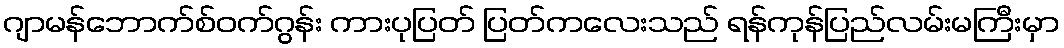
ဂျာမန်ဘောက်စ်ဝက်ဂွန်း ကားပုပြတ် ပြတ်ကလေးသည် ရန်ကုန်ပြည်လမ်းမကြီးမှာ